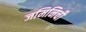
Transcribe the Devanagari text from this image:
जमिनिची